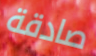
صادقة